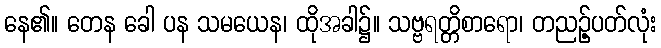
နေ၏။ တေန ခေါ ပန သမယေန၊ ထိုအခါ၌။ သဗ္ဗရတ္တိစာရော၊ တညဉ့်ပတ်လုံး